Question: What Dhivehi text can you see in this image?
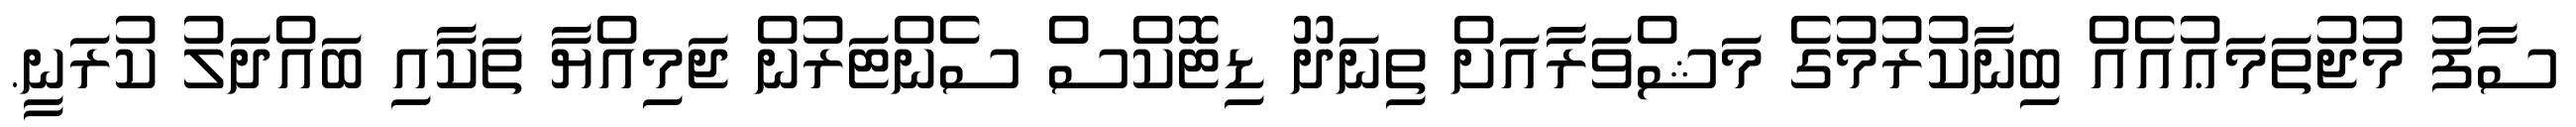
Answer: ސާފު މުޖުތަމަޢުއެއް ބިނާކުރުމުގެ މަޝްވަރާއަށް ތިނަދޫ ޑިޓޮކްސް ސެންޓަރުން ޖަމިއްޔާ ތަކާއި ބައްދަލު ކުރަނީ.